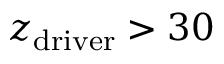
z _ { \mathrm { d r i v e r } } > 3 0